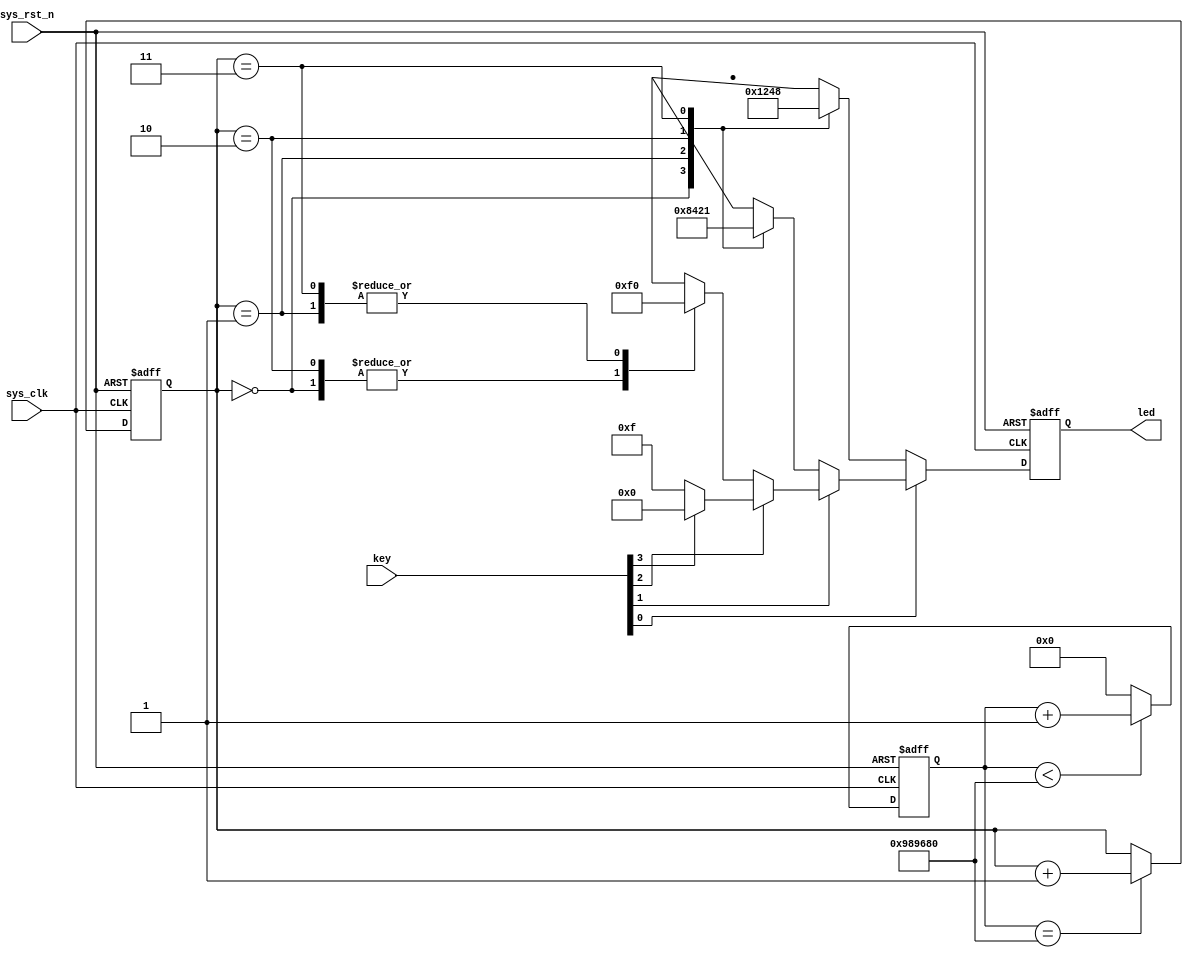
`timescale 1ns / 1ps

module key_led(
    input               sys_clk,
    input               sys_rst_n,
    input[3:0]          key,
    
    output reg[3:0]     led
);

reg[23:0]   cnt;
reg[1:0]    led_ctrl;

//0.2s
always @(posedge sys_clk or negedge sys_rst_n) begin
    if(!sys_rst_n)
        cnt <= 1'b0;
    else if(cnt < 24'd1000_0000)
        cnt <= cnt + 1'b1;
    else
        cnt <= 1'b0;
end

//led
always @(posedge sys_clk or negedge sys_rst_n) begin
    if(!sys_rst_n)
        led_ctrl <= 2'b00;
    else if(cnt == 24'd1000_0000)
        led_ctrl <= led_ctrl + 1'b1;
    else
        led_ctrl <= led_ctrl;
end

//led
always @(posedge sys_clk or negedge sys_rst_n) begin
    if(!sys_rst_n)
        led <= 4'b0000;
    else if(key[0] == 1'b0)
        case(led_ctrl)
            2'b00: led <= 4'b0001;
            2'b01: led <= 4'b0010;
            2'b10: led <= 4'b0100;
            2'b11: led <= 4'b1000;
            default: led <= 4'b0000;
        endcase
    else if(key[1] == 1'b0)
        case(led_ctrl)
            2'b00: led <= 4'b1000;
            2'b01: led <= 4'b0100;
            2'b10: led <= 4'b0010;
            2'b11: led <= 4'b0001;
            default: led <= 4'b0000;
        endcase
    else if(key[2] == 1'b0)
        case(led_ctrl)
            2'b00: led <= 4'b1111;
            2'b01: led <= 4'b0000;
            2'b10: led <= 4'b1111;
            2'b11: led <= 4'b0000;
            default: led <= 4'b0000;
        endcase
    else if(key[3] == 1'b0)
        led <= 4'b1111;
    else
        led <= 4'b0000;
end

endmodule